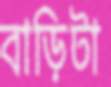
বাড়িটা